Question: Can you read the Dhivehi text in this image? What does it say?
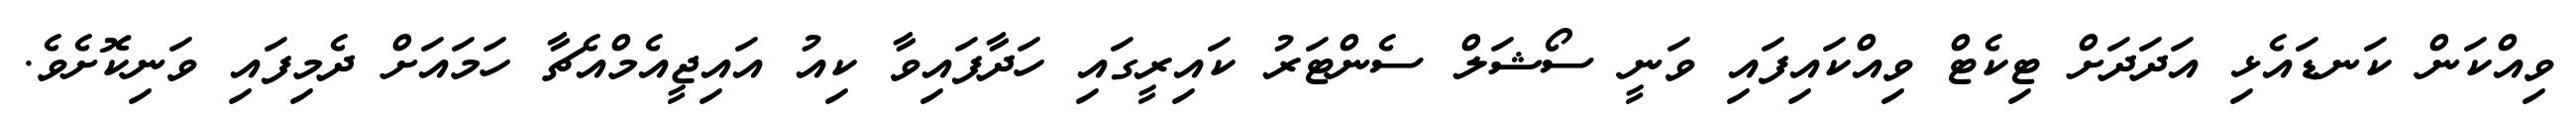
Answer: ވިއްކަން ކަނޑައެޅި އަދަދަށް ޓިކެޓް ވިއްކައިފައި ވަނީ ސޯޝަލް ސެންޓަރު ކައިރީގައި ހަދާފައިވާ ކިއު އައިޖީއެމްއެޗާ ހަމައަށް ދެމިފައި ވަނިކޮށެވެ.